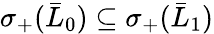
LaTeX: \sigma_{+}(\bar{L}_{0})\subseteq\sigma_{+}(\bar{L}_{1})